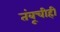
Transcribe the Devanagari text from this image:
तंबूचीही